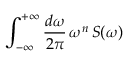
\int _ { - \infty } ^ { + \infty } \frac { d \omega } { 2 \pi } \, \omega ^ { n } \, S ( \omega )